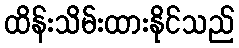
ထိန်းသိမ်းထားနိုင်သည်